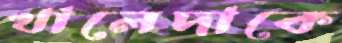
খালেদাকে